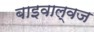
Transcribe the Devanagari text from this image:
बाइवाल्वज